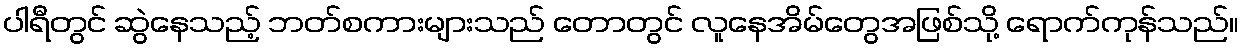
ပါရီတွင် ဆွဲနေသည့် ဘတ်စကားများသည် တောတွင် လူနေအိမ်တွေအဖြစ်သို့ ရောက်ကုန်သည်။